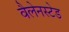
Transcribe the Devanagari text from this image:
वैलेनस्टेड